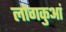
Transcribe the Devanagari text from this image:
लोगकुआं